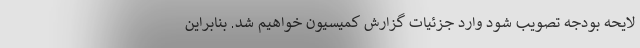
لایحه بودجه تصویب شود وارد جزئیات گزارش کمیسیون خواهیم شد. بنابراین